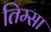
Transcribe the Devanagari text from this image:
तिम्सा